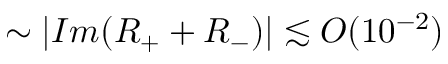
\sim | I m ( R _ { + } + R _ { - } ) | \lesssim O ( 1 0 ^ { - 2 } )